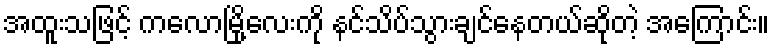
အထူးသဖြင့် ကလောမြို့လေးကို နင်သိပ်သွားချင်နေတယ်ဆိုတဲ့ အကြောင်း။